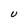
Character: U